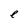
Character: e